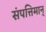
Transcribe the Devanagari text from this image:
संपत्तिमान्‌